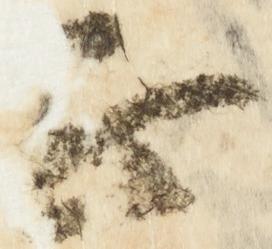
正